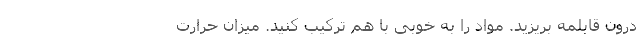
درون قابلمه بریزید. مواد را به خوبی با هم ترکیب کنید. میزان حرارت